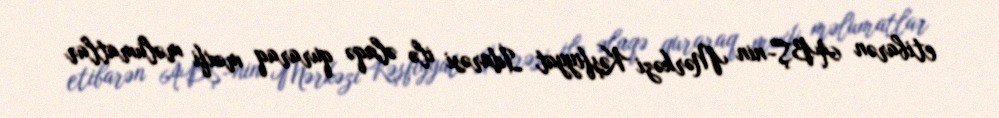
etibarən ABŞ-nin Mərkəzi Kəşfiyyat İdarəsi ilə əlaqə quraraq məxfi məlumatlar